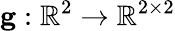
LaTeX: \mathbf{g}:\mathbb R^{2}\to\mathbb R^{2\times 2}